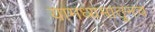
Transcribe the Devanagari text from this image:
यामध्यमातूनच